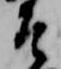
そ